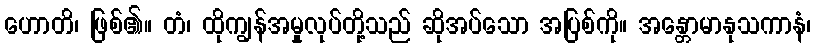
ဟောတိ၊ ဖြစ်၏။ တံ၊ ထိုကျွန်အမှုလုပ်တို့သည် ဆိုအပ်သော အပြစ်ကို။ အန္တောမာနုသကာနံ၊